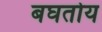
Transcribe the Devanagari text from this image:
बघतोय